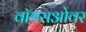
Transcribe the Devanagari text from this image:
वॉयसओवर